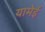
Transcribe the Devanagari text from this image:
यामेई